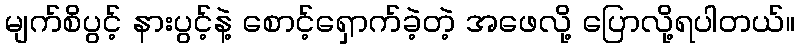
မျက်စိပွင့် နားပွင့်နဲ့ စောင့်ရှောက်ခဲ့တဲ့ အဖေလို့ ပြောလို့ရပါတယ်။